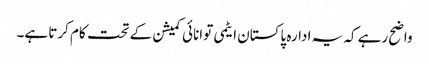
واضح رہے کہ یہ ادارہ پاکستان ایٹمی توانائی کمیشن کے تحت کام کرتا ہے۔